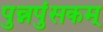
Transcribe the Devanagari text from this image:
पुन्नपुंसकम्‌